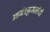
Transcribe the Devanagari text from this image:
आनंदकुमारांनी